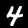
Label: 4